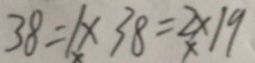
3 8 = 1 \times 3 8 = 2 \times 1 9